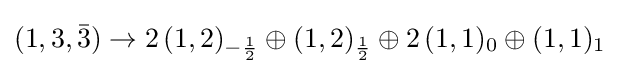
(1,3,{\bar {3}})\rightarrow 2\,(1,2)_{-{\frac {1}{2}}}\oplus (1,2)_{\frac {1}{2}}\oplus 2\,(1,1)_{0}\oplus (1,1)_{1}